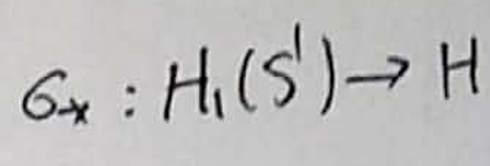
$G_{x}:H_{1}(S^{1})\to H$